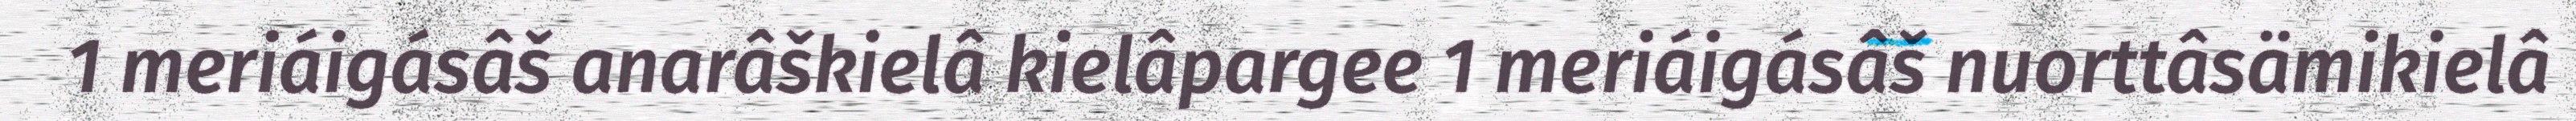
1 meriáigásâš anarâškielâ kielâpargee 1 meriáigásâš nuorttâsämikielâ